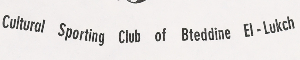
Cultural Sporting Club of Bteddine El-Lukch